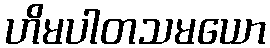
ဟိမပါတသမယော